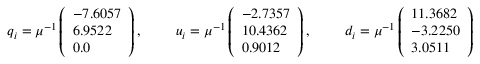
q _ { i } = \mu ^ { - 1 } \left( \begin{array} { l } { { - 7 . 6 0 5 7 } } \\ { { 6 . 9 5 2 2 } } \\ { { 0 . 0 } } \end{array} \right) , \ \ \ \ \ \ \ u _ { i } = \mu ^ { - 1 } \left( \begin{array} { l } { { - 2 . 7 3 5 7 } } \\ { { 1 0 . 4 3 6 2 } } \\ { { 0 . 9 0 1 2 } } \end{array} \right) , \ \ \ \ \ \ \ d _ { i } = \mu ^ { - 1 } \left( \begin{array} { l } { { 1 1 . 3 6 8 2 } } \\ { { - 3 . 2 2 5 0 } } \\ { { 3 . 0 5 1 1 } } \end{array} \right)